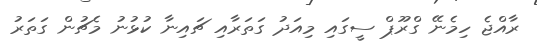
ރާއްޖެ ހިމެނޭ ގްރޫޕް ސީގައި މިއަދު ގަތަރާއި ޗައިނާ ކުޅުނު މެޗުން ގަތަރު